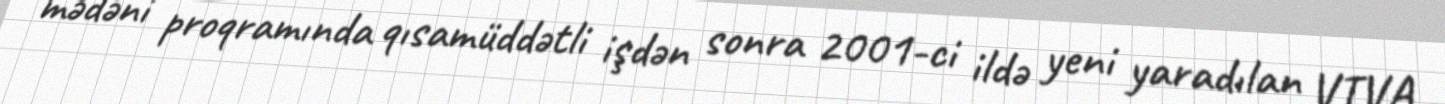
mədəni proqramında qısamüddətli işdən sonra 2001-ci ildə yeni yaradılan VIVA